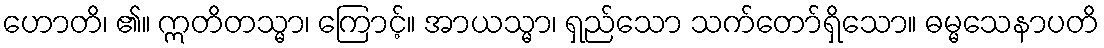
ဟောတိ၊ ၏။ ဣတိတသ္မာ၊ ကြောင့်။ အာယသ္မာ၊ ရှည်သော သက်တော်ရှိသော။ ဓမ္မသေနာပတိ